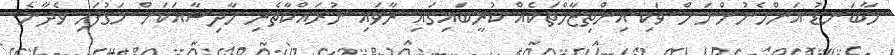
މާބަނޑު އަންހެނުންނަށް ވަކި އިންތިޒާމްތަކެއް ކުރީބައިގައި ރާވައި ނުރައްކާތެރި ހާދިސާއަކަށް މަގުފަހި ވެދާނެ